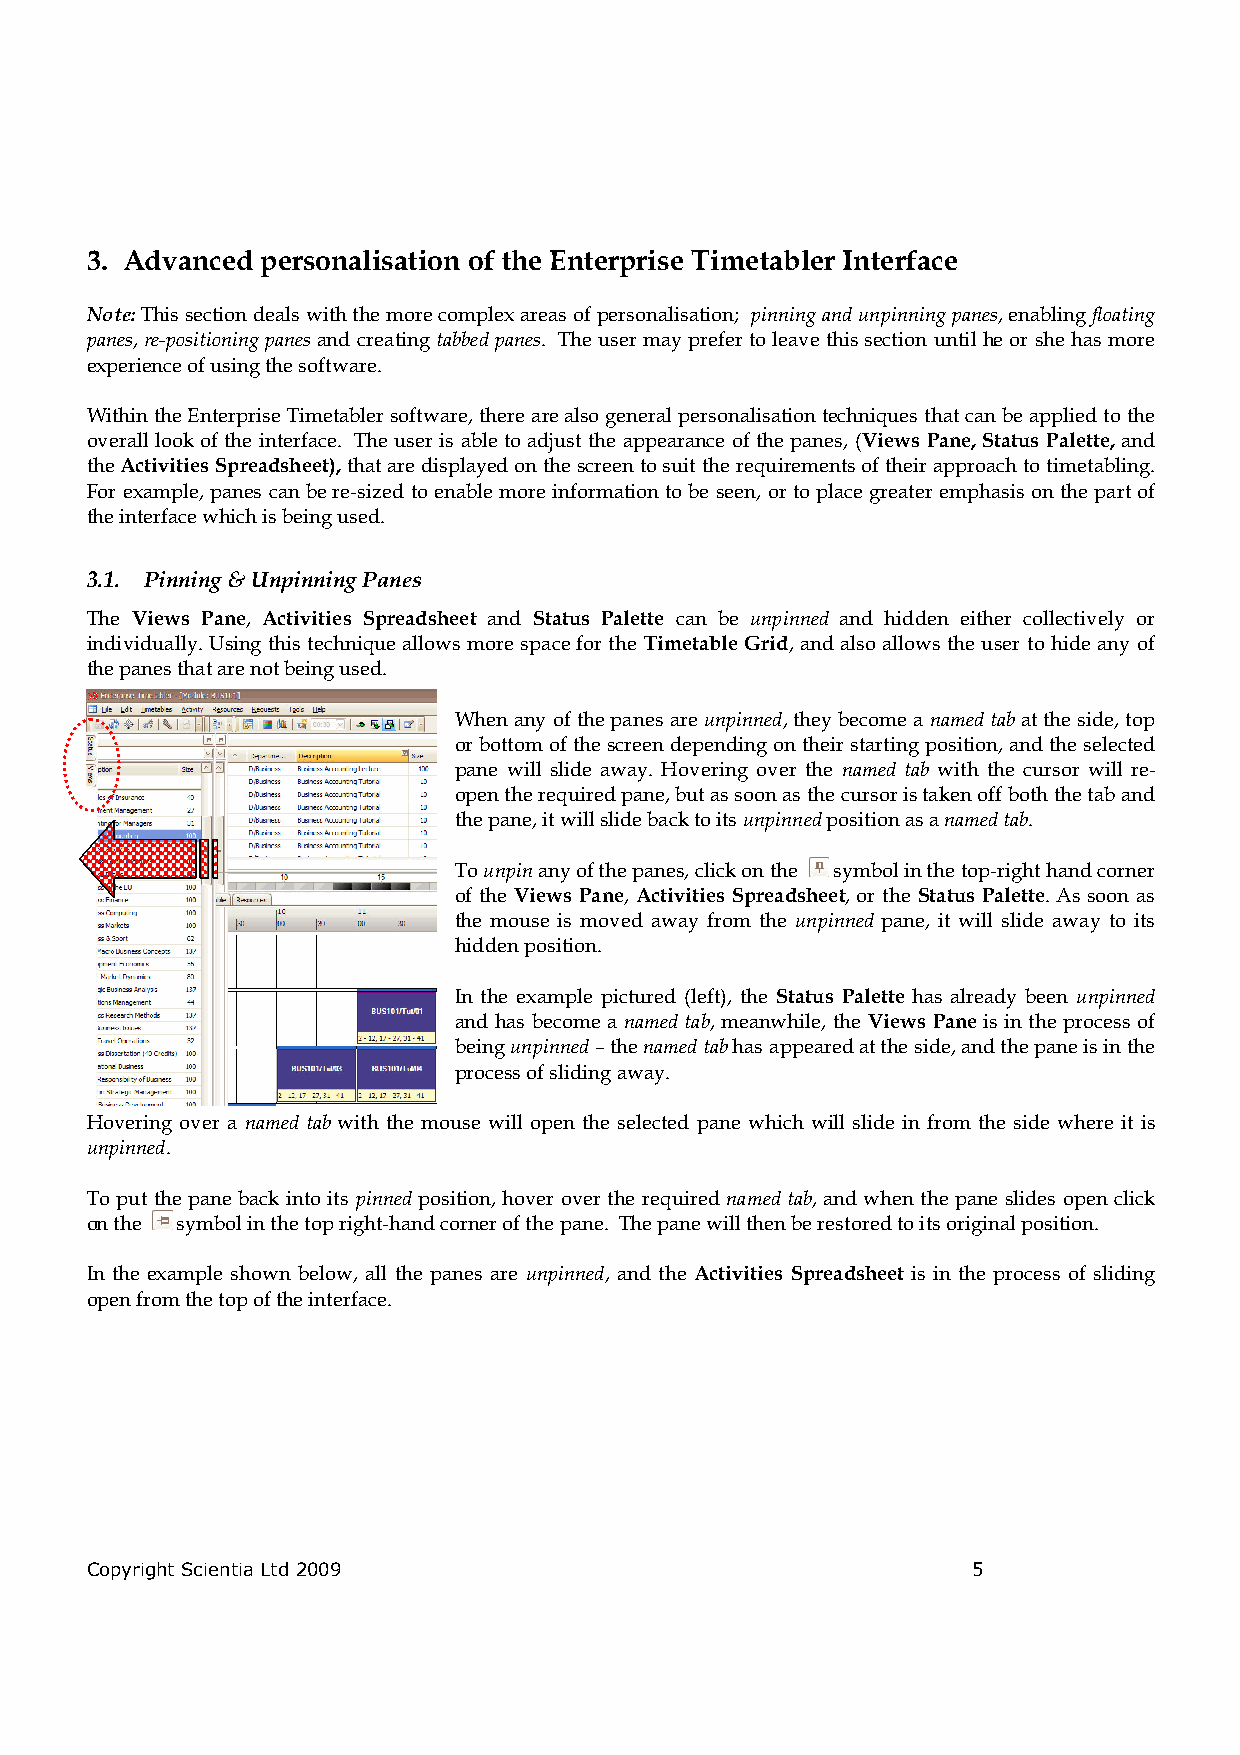
3. Advanced personalisation of the Enterprise Timetabler Interface
 Note: This section deals with the more complex areas of personalisation; pinning and unpinning panes, enabling floating
 panes, re-positioning panes and creating tabbed panes. The user may prefer to leave this section until he or she has more
 experience of using the software.
 Within the Enterprise Timetabler software, there are also general personalisation techniques that can be applied to the
 overall look of the interface. The user is able to adjust the appearance of the panes, (Views Pane, Status Palette, and
 the Activities Spreadsheet), that are displayed on the screen to suit the requirements of their approach to timetabling.
 For example, panes can be re-sized to enable more information to be seen, or to place greater emphasis on the part of
 the interface which is being used.
 3.1. Pinning & Unpinning Panes
 The Views Pane, Activities Spreadsheet and Status Palette can be unpinned and hidden either collectively or
 individually. Using this technique allows more space for the Timetable Grid, and also allows the user to hide any of
 the panes that are not being used.
 When any of the panes are unpinned, they become a named tab at the side, top
 or bottom of the screen depending on their starting position, and the selected
 pane will slide away. Hovering over the named tab with the cursor will re-
 open the required pane, but as soon as the cursor is taken off both the tab and
 the pane, it will slide back to its unpinned position as a named tab.
 To unpin any of the panes, click on the symbol in the top-right hand corner
 of the Views Pane, Activities Spreadsheet, or the Status Palette. As soon as
 the mouse is moved away from the unpinned pane, it will slide away to its
 hidden position.
 In the example pictured (left), the Status Palette has already been unpinned
 and has become a named tab, meanwhile, the Views Pane is in the process of
 being unpinned – the named tab has appeared at the side, and the pane is in the
 process of sliding away.
 Hovering over a named tab with the mouse will open the selected pane which will slide in from the side where it is
 unpinned.
 To put the pane back into its pinned position, hover over the required named tab, and when the pane slides open click
 on the symbol in the top right-hand corner of the pane. The pane will then be restored to its original position.
 In the example shown below, all the panes are unpinned, and the Activities Spreadsheet is in the process of sliding
 open from the top of the interface.
 Copyright Scientia Ltd 2009                               5